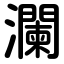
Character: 瀾